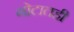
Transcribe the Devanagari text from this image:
गोटातही